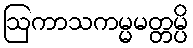
ဩကာသကမ္မမတ္တမ္ပိ